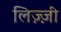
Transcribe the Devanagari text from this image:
लिज़्ज़ी